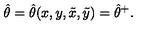
\hat { \theta } = \hat { \theta } ( x , y , \tilde { x } , \tilde { y } ) = \hat { \theta } ^ { + } .